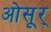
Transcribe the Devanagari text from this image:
ओसूर्